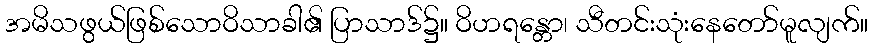
အမိသဖွယ်ဖြစ်သောဝိသာခါ၏ ပြာသာဒ်၌။ ဝိဟရန္တော၊ သီတင်းသုံးနေတော်မူလျက်။